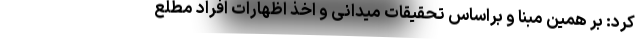
کرد: بر همین‌ مبنا و براساس تحقیقات میدانی و اخذ اظهارات افراد مطلع